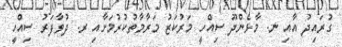
ގުރައިދު އާއި ނ. މާޅެންދޫ ސިއްހީ މަރުކަޒު މަރާމާތުކުރުމަށާއި ރ. ދުވާފަރު ސިއްހީ